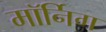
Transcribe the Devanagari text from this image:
मॉर्निग